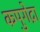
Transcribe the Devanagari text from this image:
कपुगेद्रा